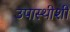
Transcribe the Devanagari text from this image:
उपास्थीशी